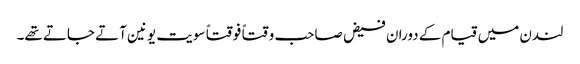
لندن میں قیام کے دوران فیض صاحب وقتاً فوقتاً سویت یونین آتے جاتے تھے۔